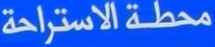
محطة الاستراحة